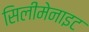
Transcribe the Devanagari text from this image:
सिलीमेनाइट